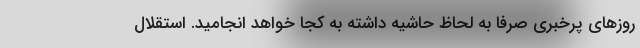
روزهای پرخبری صرفا به لحاظ حاشیه داشته به کجا خواهد انجامید. استقلال